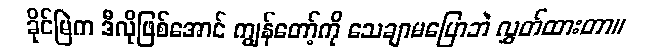
ခိုင်မြဲက ဒီလိုဖြစ်အောင် ကျွန်တော့်ကို သေချာမပြောဘဲ လွှတ်ထားတာ။